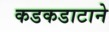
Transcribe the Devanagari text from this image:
कडकडाटाने